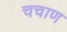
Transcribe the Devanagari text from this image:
चचाण